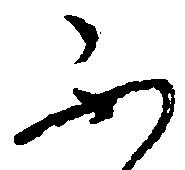
不